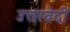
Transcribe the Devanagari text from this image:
उत्तरवेदी